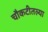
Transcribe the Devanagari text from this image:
चौकटीतल्या